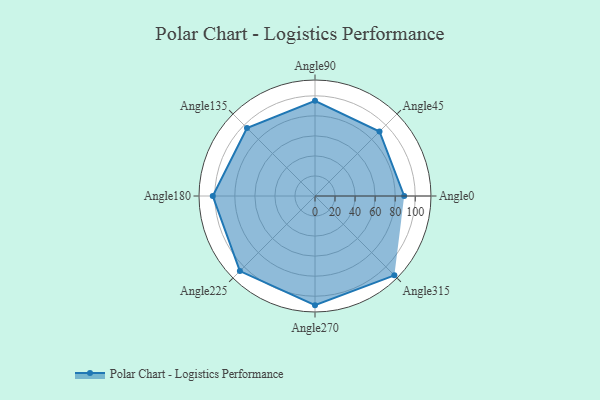
{"axis": {"x": "Angle", "y": "Radius"}, "legend": [""], "data": [{"x": "Angle0", "y": 89.0, "type": ""}, {"x": "Angle45", "y": 91.0, "type": ""}, {"x": "Angle90", "y": 95.0, "type": ""}, {"x": "Angle135", "y": 96.0, "type": ""}, {"x": "Angle180", "y": 102.0, "type": ""}, {"x": "Angle225", "y": 106.0, "type": ""}, {"x": "Angle270", "y": 109.0, "type": ""}, {"x": "Angle315", "y": 112.0, "type": ""}]}